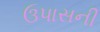
ઉપાસની